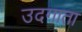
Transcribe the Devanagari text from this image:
उदगाता